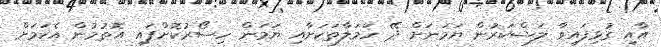
އާއި ގުޅިފައިވާ ލަޝްކަރުން ޔަމަނަށް ދޭ ހަމަލާތަކަށާއި ޔަމަން ހިސޯރުކޮށްފައި އޮތުމުން އެކަމަށް